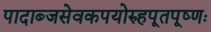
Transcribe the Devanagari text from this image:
पादाब्जसेवकपयोरुहपूतपूष्णः